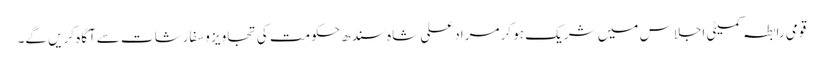
قومی رابطہ کمیٹی اجلاس میں شریک ہو کر مرادعلی شاہ سندھ حکومت کی تجاویز وسفارشات سےآگاہ کریں گے۔